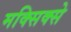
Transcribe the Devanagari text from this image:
मक्सिक्से